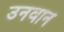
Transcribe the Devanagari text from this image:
उनवान